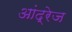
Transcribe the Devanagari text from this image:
आंद्रेज